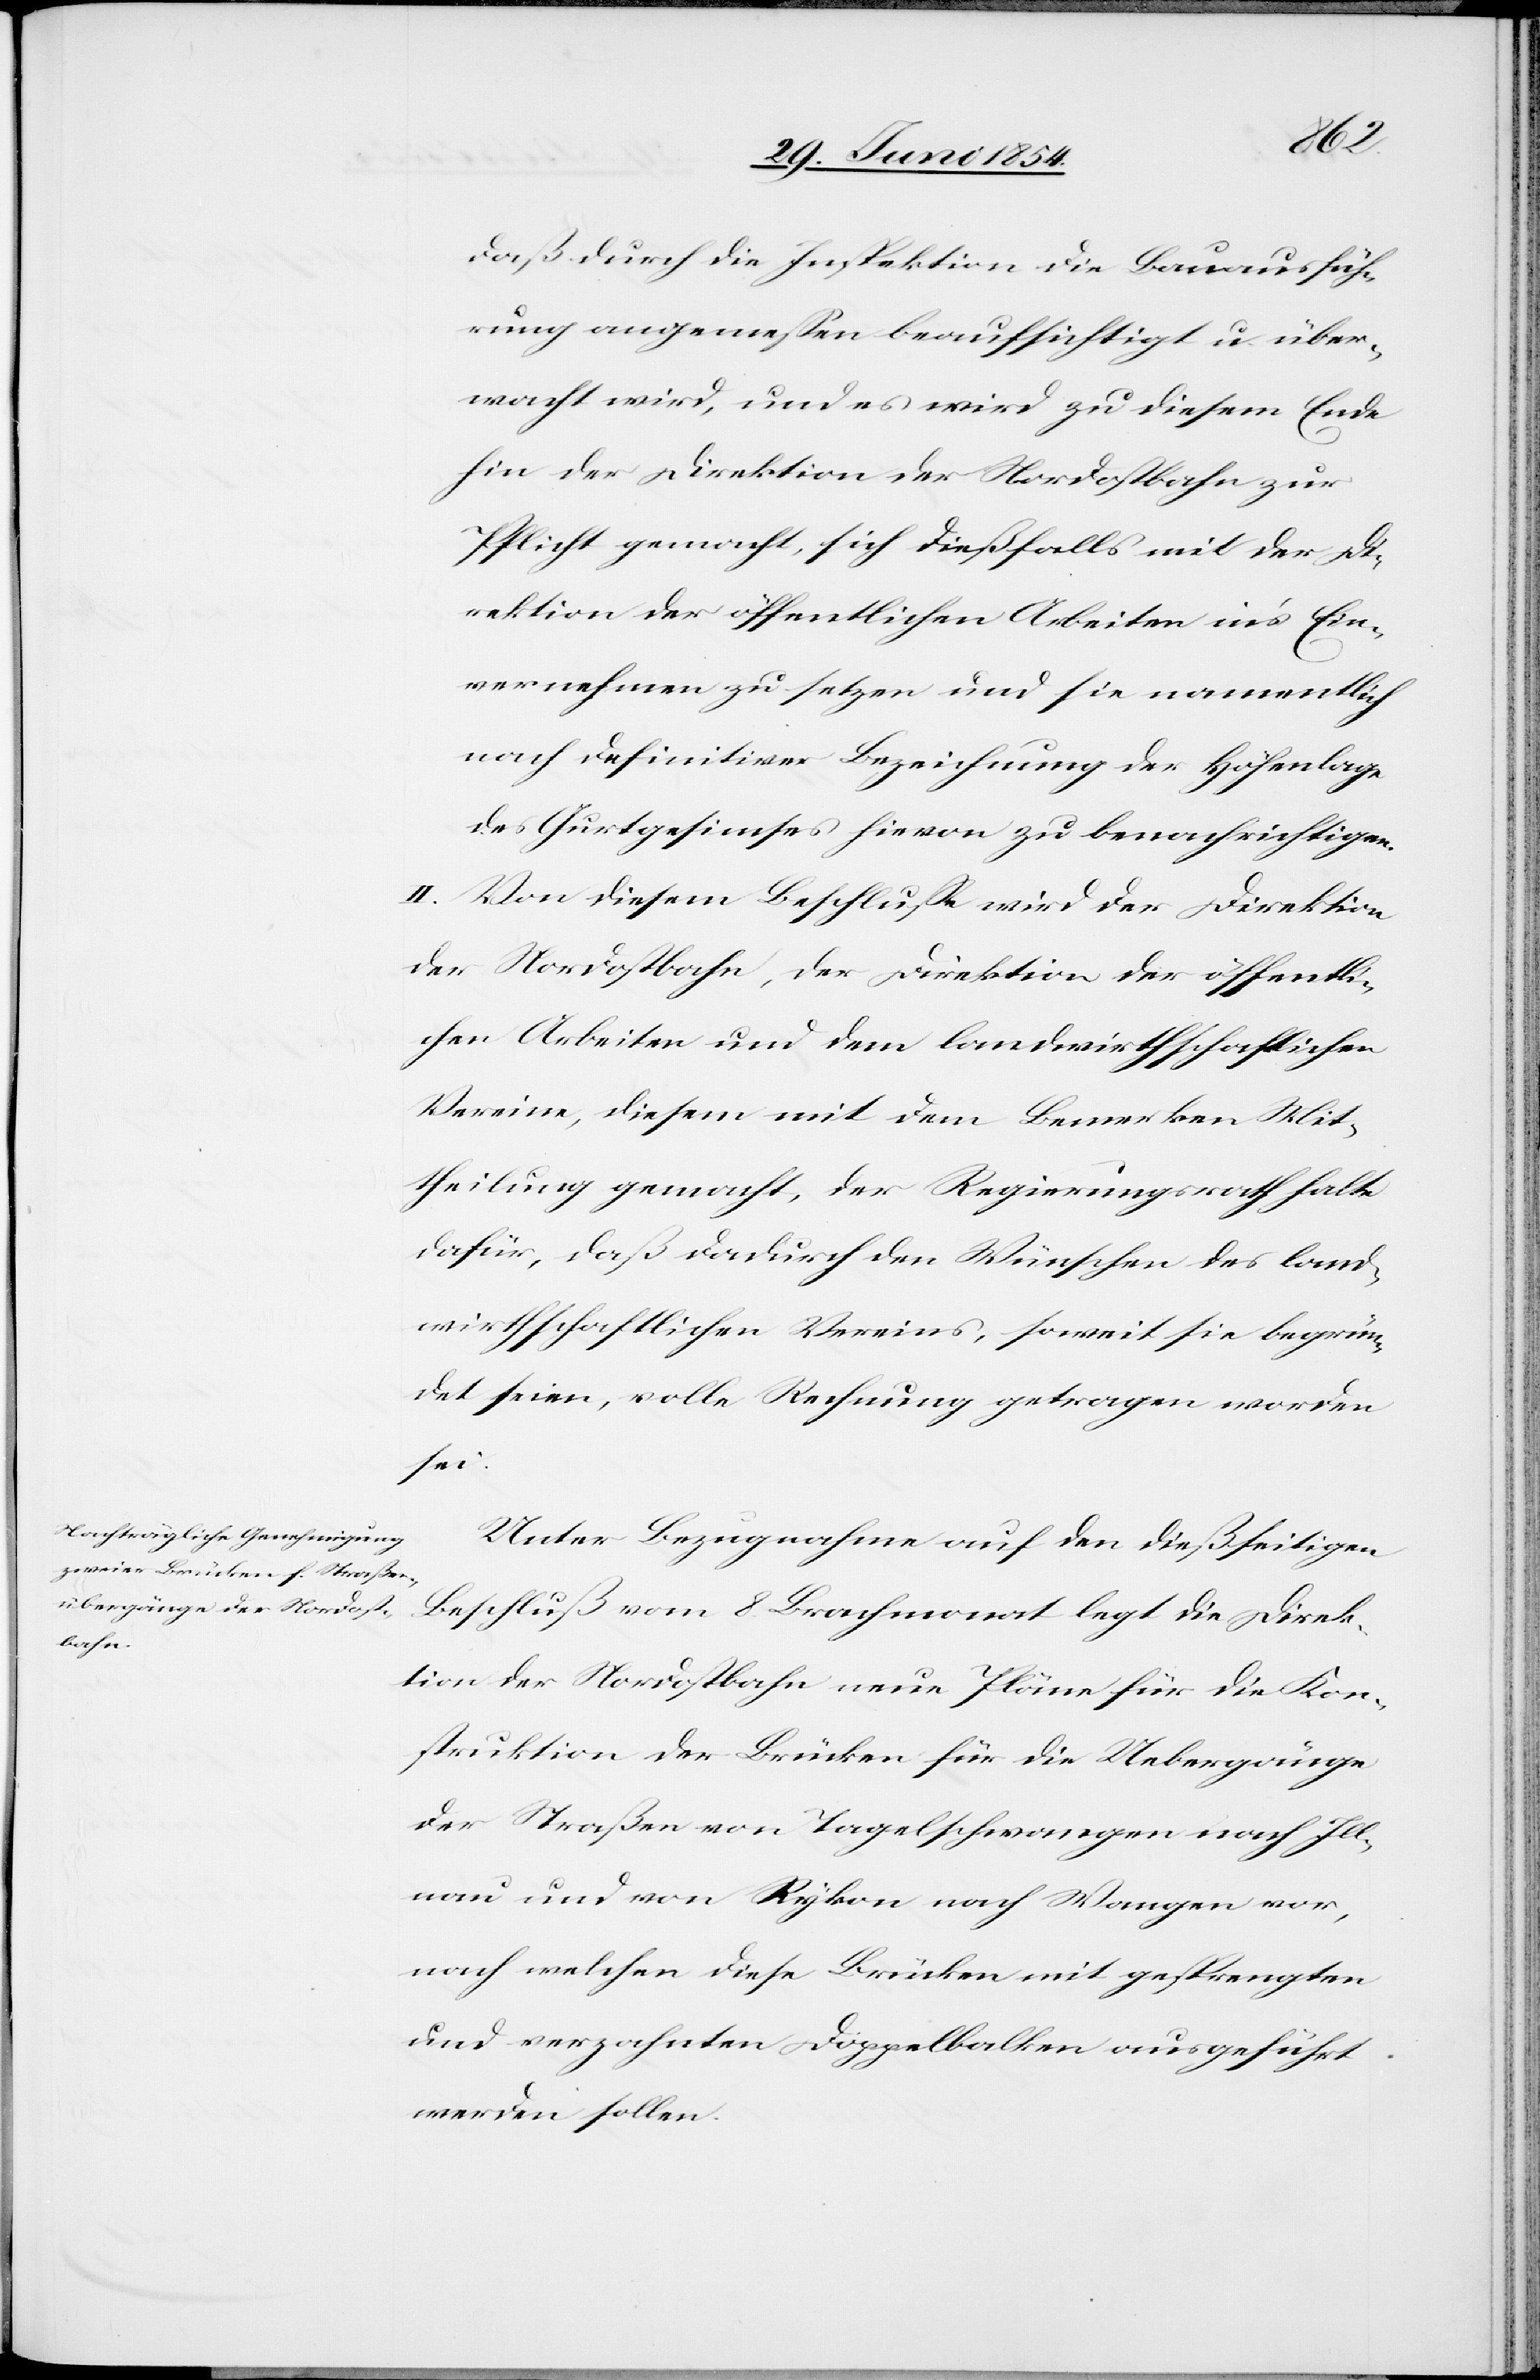
daß durch die Inspektion die Bauausfüh¬
rung angemeßen beaufsichtigt u. über¬
wacht wird, und es wird zu diesem Ende
hin der Direktion der Nordostbahn zur
Pflicht gemacht, sich dießfalls mit der Di¬
rektion der öffentlichen Arbeiten in’s Ein¬
vernehmen zu setzen und sie namentlich
nach definitiver Bezeichnung der Höhenlage
des Gurtsimses hievon zu benachrichtigen.
II. Von diesem Beschluß wird der Direktion
der Nordostbahn, der Direktion der öffentli¬
chen Arbeiten und dem landwirthschaftlichen
Vereine, diesem mit dem Bemerken Mit¬
theilung gemacht, der Regierungsrath halte
dafür, daß dadurch den Wünschen des land¬
wirthschaftlichen Vereins, soweit sie begrün¬
det seien, volle Rechnung getragen worden
sei.
Unter Bezugnahme auf den dießseitigen
Beschluß vom 8. Brachmonat legt die Direk¬
tion der Nordostbahn neue Pläne für die Kon¬
struktion der Brücke für die Uebergänge
der Straßen von Tagelschwangen nach Ill¬
nau und von Rykon nach Wangen vor,
nach welchen diese Brücken mit gesprengten
und verzahnten Doppelbalken ausgeführt
werden sollen.